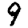
Digit: 9